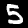
Label: 5